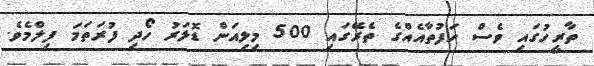
ތާރީހުގައި ވެސް ހަފުތާއެއްގެ ތެރޭގައި 500 މިލިއަން ޑޮލަރު ހޯދި ފުރަތަމަ ފިލްމެވެ.